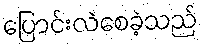
ပြောင်းလဲစေခဲ့သည်